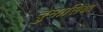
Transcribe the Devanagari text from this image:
दुमासिया